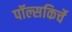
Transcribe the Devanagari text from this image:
पॉल्सकिर्चे